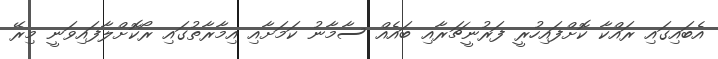
އެބައިގައި ރައްކާ ކޮށްފައިހުރީ ފަރުނީޗަރާއި ބައެއް ސާމާނު ކަމަށާއި އިމާރާތުގައި ރޯކޮށްލާފައިވަނީ މިރޭ